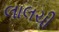
લાલચી